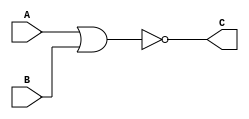
module NOR_G(A,B,C);

input A,B;
output C;

assign C=(~(A|B));


endmodule